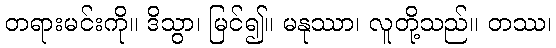
တရားမင်းကို။ ဒိသွာ၊ မြင်၍။ မနုဿာ၊ လူတို့သည်။ တဿ၊